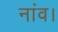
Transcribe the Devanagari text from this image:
नांव।